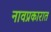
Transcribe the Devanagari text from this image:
नावप्रकारात